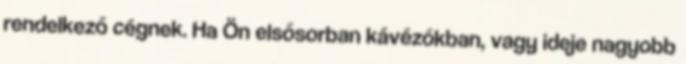
rendelkező cégnek. Ha Ön elsősorban kávézókban, vagy ideje nagyobb